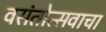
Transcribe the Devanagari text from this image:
वसंतोत्सवाचा